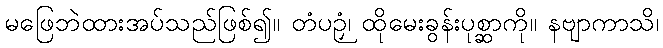
မဖြေဘဲထားအပ်သည်ဖြစ်၍။ တံပဉှံ၊ ထိုမေးခွန်းပုစ္ဆာကို။ နဗျာကာသိ၊